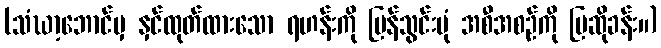
(သံဃာ့ဘောင်မှ နှင်ထုတ်ထားသော ရဟန်းကို ပြန်သွင်းပုံ အစီအစဉ်ကို ပြဆိုခန်း။)